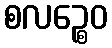
စလဉ္စေဝ